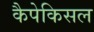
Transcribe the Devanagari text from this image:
कैपेकिसल